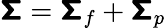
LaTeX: \boldsymbol{\mathsf{\Sigma}}=\boldsymbol{\mathsf{\Sigma}}_{f}+\boldsymbol{\mathsf{\Sigma}}_{p}